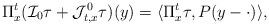
LaTeX: \begin{align*}\Pi_x^t(\mathcal{I}_0\tau+\mathcal{J}^0_{t,x}\tau)(y)=\langle \Pi^t_x\tau, P(y-\cdot)\rangle,\end{align*}